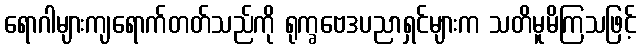
ရောဂါများကျရောက်တတ်သည်ကို ရုက္ခဗေဒပညာရှင်များက သတိမူမိကြသဖြင့်